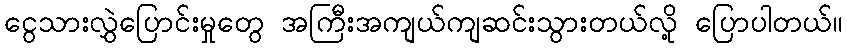
ငွေသားလွှဲပြောင်းမှုတွေ အကြီးအကျယ်ကျဆင်းသွားတယ်လို့ ပြောပါတယ်။